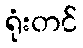
ရုံးတင်